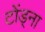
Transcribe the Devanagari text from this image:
टोंड्ना